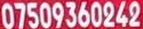
07509360242